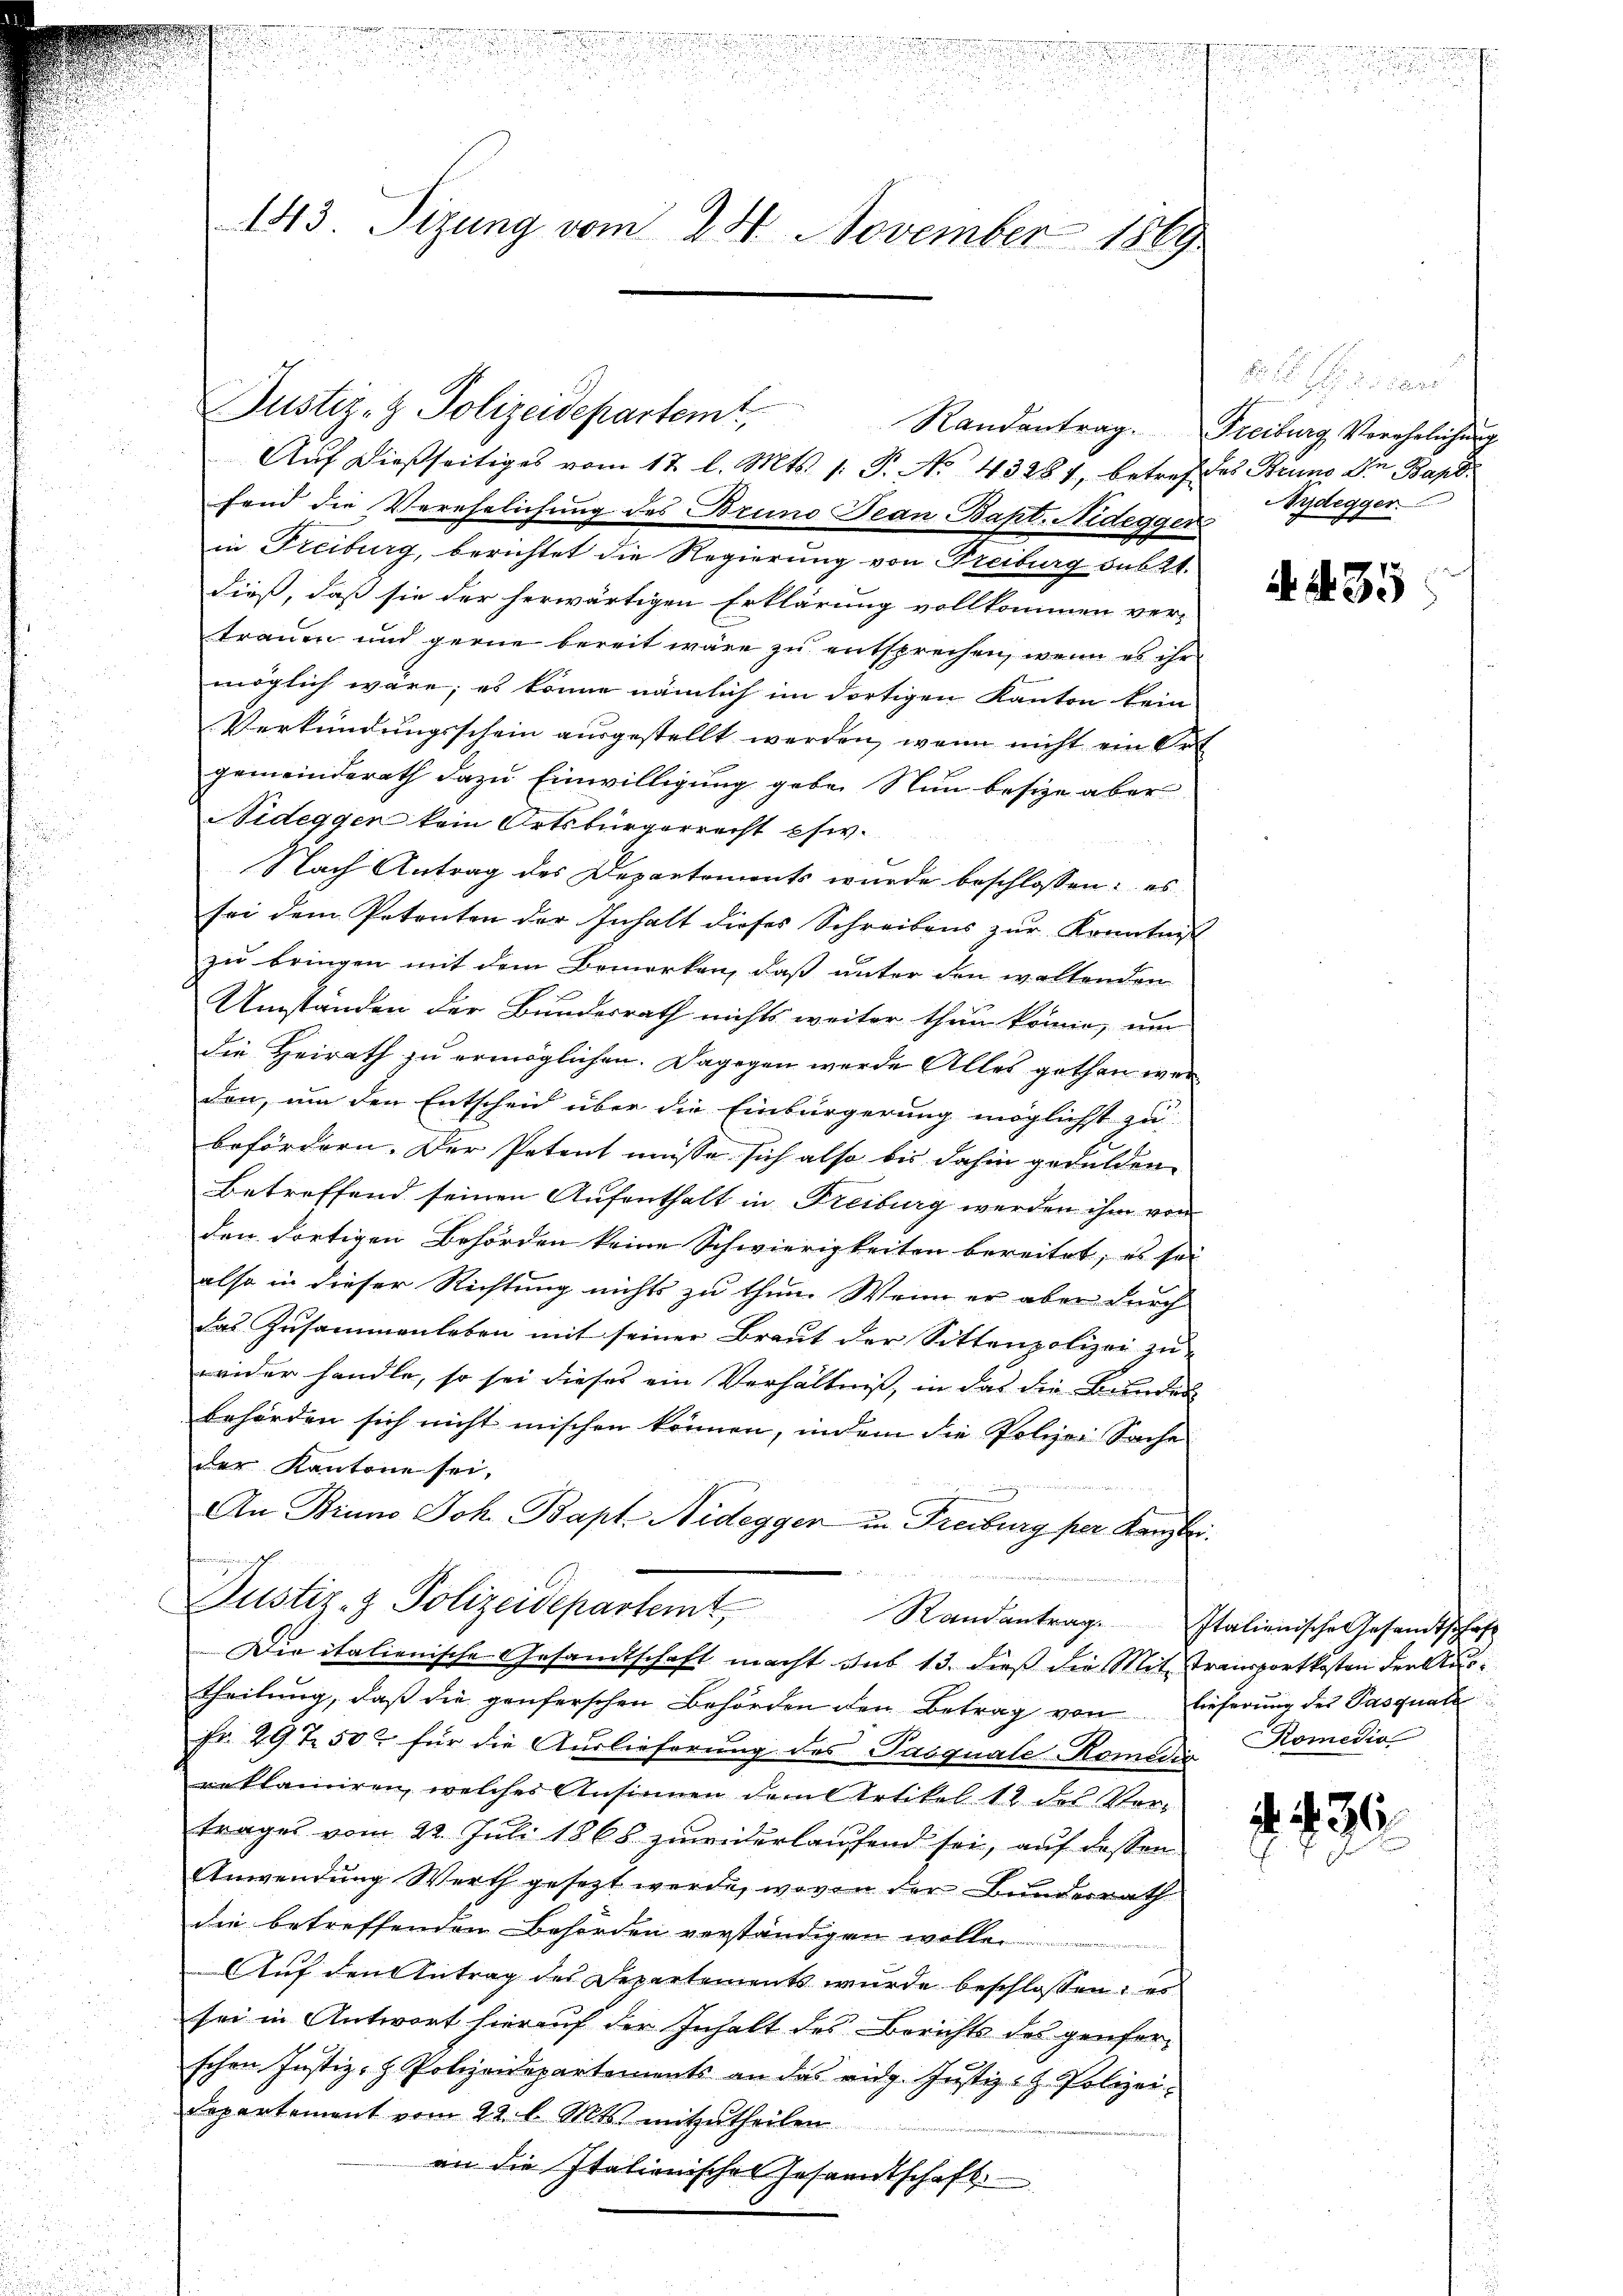
.

143. Sizung vom 24. November 1869

Justiz- & Polizeidepartemt

Aŭf dießseitiges vom 12. l. Mts. 1. P. No 43287, betref des Bruno In Bapt.
fend die Verehelichung des Bruno Dean Bapt. Nidegger
in Freiburg, berichtet die Regierung von Freiburg sub 21.
dieß, daß sie der herwärtigen Erklärung vollkommen ver-
trauen und gerne bereit wäre zu entsprechen, wenn es ihr
möglich wäre; es könne nämlich im dortigen Kanton kein
Verkündungsschein ausgestellt werden, wenn nicht ein Ort
gemeinderath dazu Einwilligung gebe. Nun besize aber
Nidegger kein Ortsbürgerrecht pfiv.
Nach Antrag des Departements wurde beschlossen: es
sei dem Petenten der Inhalt dieses Schreibens zŭr Kenntniß
zu bringen mit dem Bemerken, daß unter den wollenden
Umständen der Bundesrath nichts weiter thun könne, um
die Heirath zu ermöglichen. Dagegen werde Alles gethen werden, um den Entscheid über die Einbürgerung möglichst zu
befördern. Der Petent müsse sich also bis dahin gedulden
Betreffend seinen Aufenthalt in Freiburg werden ihm von
den dortigen Behörden keine Schwierigkeiten bereitet; es sei
also in dieser Richtung nichts zu thun. Wenn er aber durch
das Zusammenleben mit seiner Braut der Sittenpolizei zu
wider handle, so sei dieses ein Verhältnis, in das die Bundes
behörden sich nicht mischen können, indem die Polizei Sache
der Kantone sei,
An Bruno Joh. Bapt. Nidegger in Freiburg per Kanzlei.

Justiz- & Polizeidepartemt, Randantrage Italienische Gesandtschaft
Die italienische Gesandtschaft macht aus 13. dieß die Mit Transportkosten der Austheilung, daß die genferschen Behörden den Betrag von Lieferung des Pasquale
Fr. 29 t 50 für die Auslieferung des Pasquale Romide Romedio
reklamiren, welches Ansinnen dem Artikel 12 des Vor-
trages vom 22. Juli 1868 zuwiderlaufend sei, auf dassen
Anwendung Werth gesezt werde, wovon der Bundesrath
die betreffenden Behörden verständigen wollen.
Auf den Antrag des Departements wurde beschlossen: es
sei in Antwort hierauf der Inhalt des Berichts des genfer-
schon Justiz- & Polizeidepartements an das eidg. Justiz- & Polizei¬
Departement vom 22. l. Mts. mitzutheilen
an die Italienischen Gesandtschaft

E f g dieser
Randantrag. Freiburg Verehelichung
Nydegger

AA 35

36